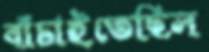
বাঁচাইতেছিল